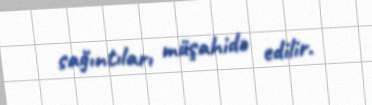
sağıntıları müşahidə edilir.